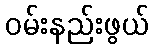
ဝမ်းနည်းဖွယ်